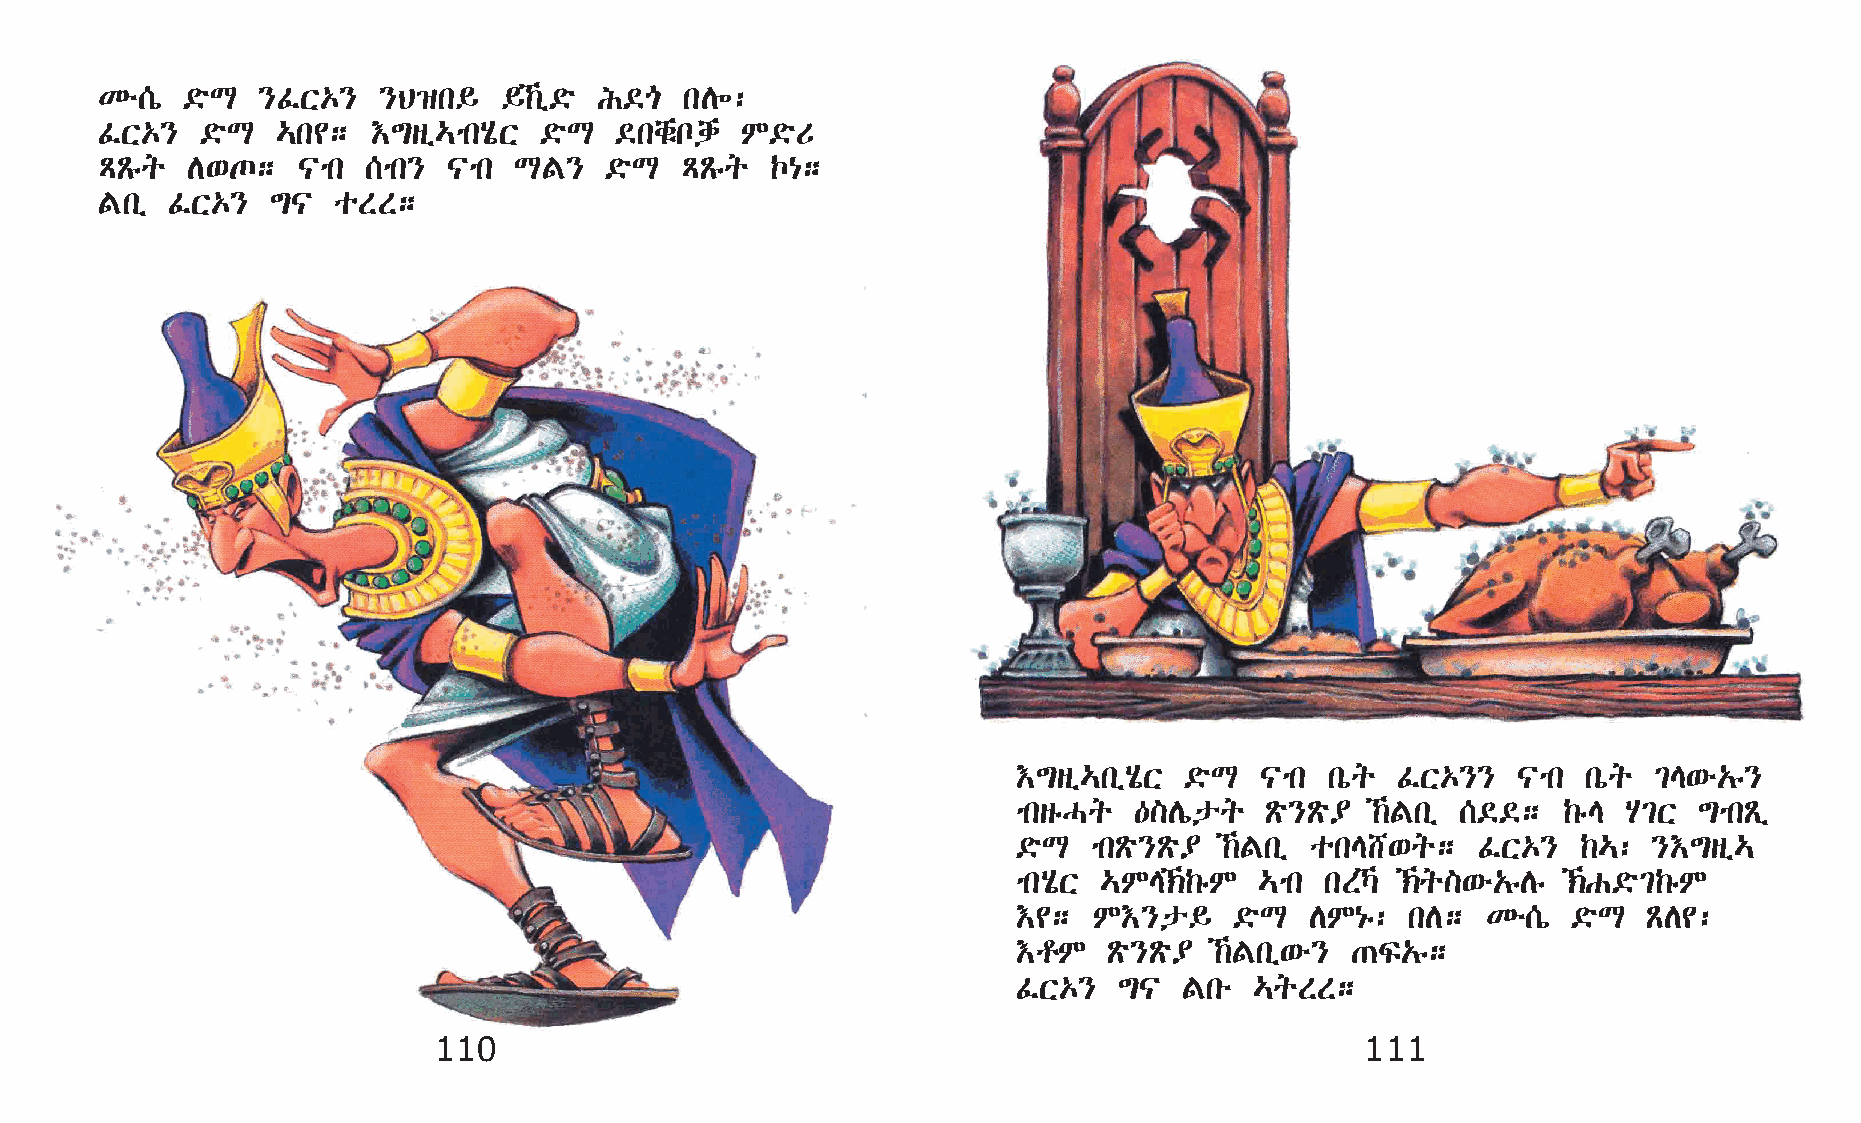
Ké[ò ©öL  }ÊX‡}   }B›k§   §‰ï©ö I©µ  kD÷:
 ÊX‡}  ©öL  …k¢;   †´sï…mkAôX ©öL  ©kchëndh M©öU
 ÄÃêq D‘º;    |mk [mk}  |mk LF}   ©öL  ÄÃêq  Œ{;
 Fkï ÊX‡}   ´|  oSS;
 †´sï…kïAôX ©öL  |mk  kòq ÊX‡}}   |mk  kòq ²E‘é„ê}
 mksêHq  —]Dípq   Ãö}Ãö¥ ‰Fkï [©©;  ‰êE  A²X ´mkÃï
 ©öL  mkÃö}Ãö¥ ‰Fkï okE_‘q;    ÊX‡}   ‰…: }†´sï…
 mkAôX …ME‹‰êM  …mk  kSŠ ‹q]‘é„êDê ‹G©ö²‰êM
 †¢;  M†}p§     ©öL  DM{ê: kD;  Ké[ò  ©öL  ÃD¢:
 †rM   Ãö}Ãö¥ ‰Fkï‘é} ·Ï„ê;
 ÊX‡}   ´|  Fké  …qSS;
 110                                                          111